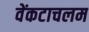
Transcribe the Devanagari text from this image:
वेंकटाचलम